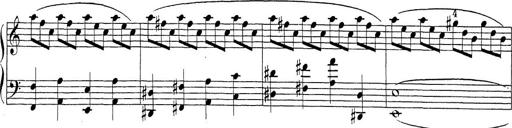
Title: Sonatina Album
Composer: Louis KÃ¶hler